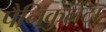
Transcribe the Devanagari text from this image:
पैनिकुलेटा